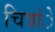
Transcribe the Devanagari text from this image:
चित्रांे